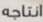
انتاجه